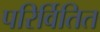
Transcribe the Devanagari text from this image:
परिर्वितित